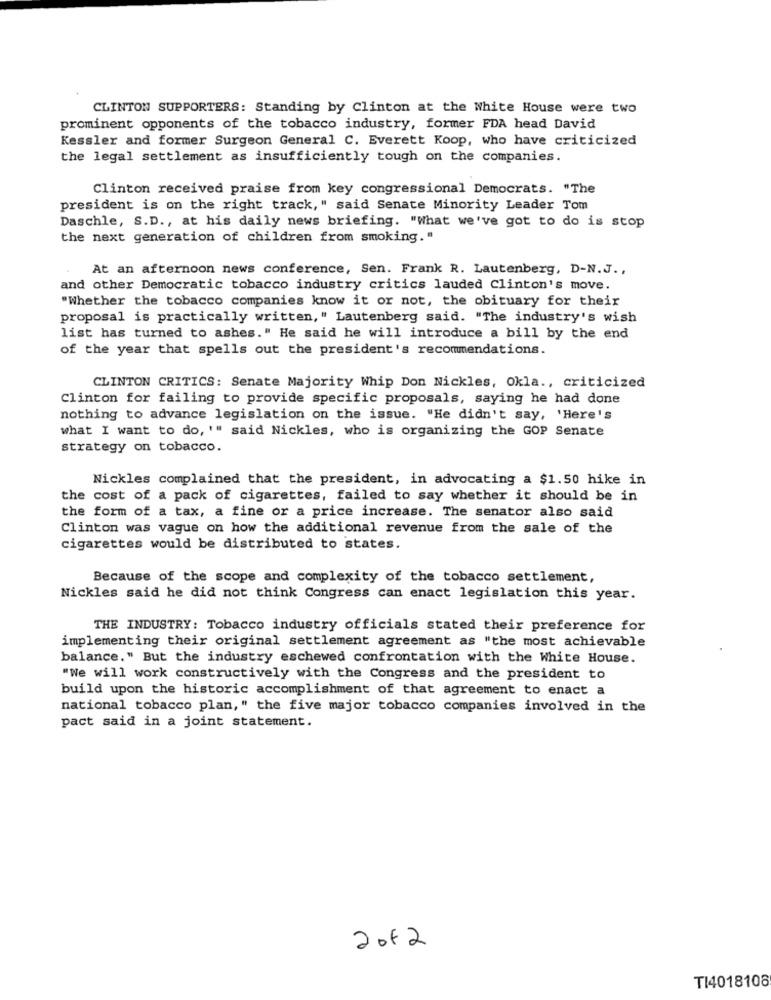
CLINTON SUPPORTERS: Standing by Clinton at the White House were two
prominent opponents of the tobacco industry, former FDA head David
Kessler and former Surgeon General C. Everett Koop, who have criticized
the legal settlement as insufficiently tough on the companies.
Clinton received praise from key congressional Democrats. "The
president is on the right track," said Senate Minority Leader Tom
Daschle, S.D ., at his daily news briefing. "What we've got to do is stop
the next generation of children from smoking."
At an afternoon news conference, Sen. Frank R. Lautenberg, D-N.J .,
and other Democratic tobacco industry critics lauded Clinton's move.
"Whether the tobacco companies know it or not, the obituary for their
proposal is practically written, " Lautenberg said. "The industry's wish
list has turned to ashes." He said he will introduce a bill by the end
of the year that spells out the president's recommendations.
CLINTON CRITICS: Senate Majority Whip Don Nickles, Okla ., criticized
Clinton for failing to provide specific proposals, saying he had done
nothing to advance legislation on the issue. "He didn't say, 'Here's
what I want to do, '" said Nickles, who is organizing the GOP Senate
strategy on tobacco.
Nickles complained that the president, in advocating a $1.50 hike in
the cost of a pack of cigarettes, failed to say whether it should be in
the form of a tax, a fine or a price increase. The senator also said
Clinton was vague on how the additional revenue from the sale of the
cigarettes would be distributed to states.
Because of the scope and complexity of the tobacco settlement,
Nickles said he did not think Congress can enact legislation this year.
THE INDUSTRY: Tobacco industry officials stated their preference for
implementing their original settlement agreement as "the most achievable
balance." But the industry eschewed confrontation with the White House.
"We will work constructively with the Congress and the president to
build upon the historic accomplishment of that agreement to enact a
national tobacco plan," the five major tobacco companies involved in the
pact said in a joint statement.
2012
TI4018106